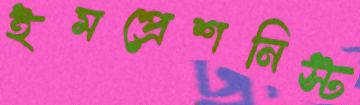
ইমপ্রেশনিস্ট